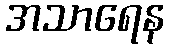
အသာရေန